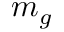
m _ { g }